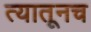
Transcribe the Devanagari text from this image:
त्‍यातूनच